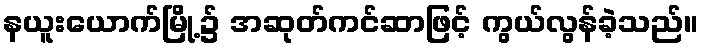
နယူးယောက်မြို့၌ အဆုတ်ကင်ဆာဖြင့် ကွယ်လွန်ခဲ့သည်။